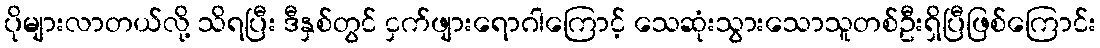
ပိုများလာတယ်လို့ သိရပြီး ဒီနှစ်တွင် ငှက်ဖျားရောဂါကြောင့် သေဆုံးသွားသောသူတစ်ဦးရှိပြီဖြစ်ကြောင်း